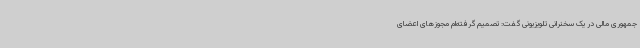
جمهوری مالی در یک سخنرانی تلویزیونی گفت: تصمیم گرفته‌ام مجوزهای اعضای